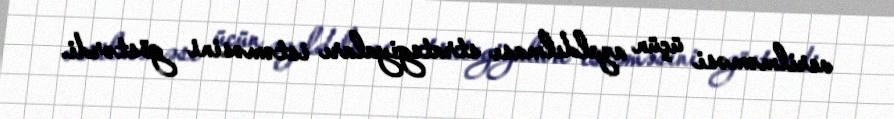
verilməməsi üçün azaldılması strategiyaları istəməsini göstərdi.